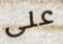
على